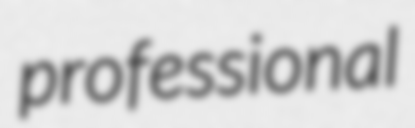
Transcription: professional